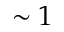
\sim 1